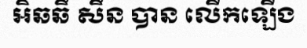
អិឆឆឹ សឹន បាន លើកឡើង